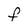
Character: F